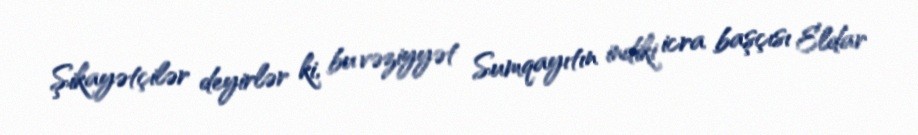
Şikayətçilər deyirlər ki, bu vəziyyət Sumqayıtın indiki icra başçısı Eldar